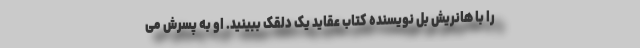
را با هانریش بُل نویسنده کتاب عقاید یک دلقک ببینید. او به پسرش می